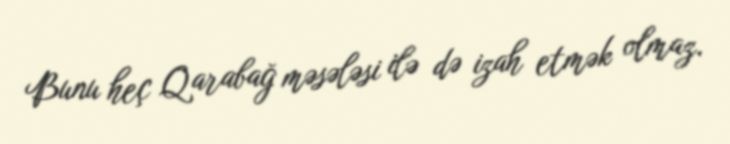
Bunu heç Qarabağ məsələsi ilə də izah etmək olmaz.